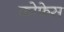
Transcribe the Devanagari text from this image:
कोफ़ेस